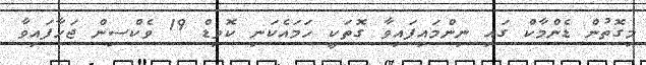
މިގޮތުން ޑެންމާކް ގައި ނިންމައިފައިވާ ގޮތަކީ ހަމައެކަނި ކޮވިޑް 19 ވެކްސިން ޖަހާފައިވާ